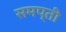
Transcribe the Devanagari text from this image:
समप्ती